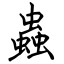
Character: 蟲